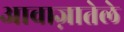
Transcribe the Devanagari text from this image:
आवाज़ातेले